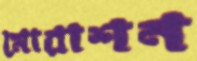
মোরাশন